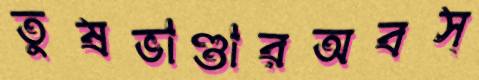
তুষভাণ্ডারঅবস্